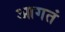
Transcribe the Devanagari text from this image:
आगतं